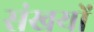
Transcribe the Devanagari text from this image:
संखयों